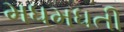
મધમધતી